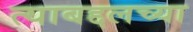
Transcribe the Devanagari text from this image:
त्याबद्दलच्या